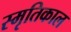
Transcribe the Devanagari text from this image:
स्मृतिकाल